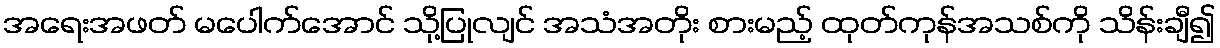
အရေးအဖတ် မပေါက်အောင် သို့ပြုလျင် အသံအတိုး စားမည့် ထုတ်ကုန်အသစ်ကို သိန်းချီ၍